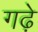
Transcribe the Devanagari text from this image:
गढे़